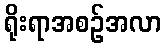
ရိုးရာအစဉ်အလာ